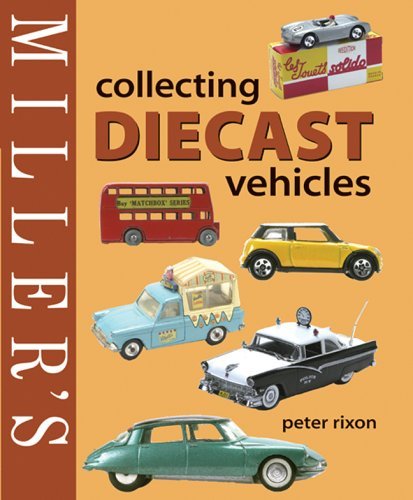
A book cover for Miller's Collecting Diecast Vehicles (Mitchell Beazley Antiques & Collectables) by Peter Rixon (12-May-2005) Hardcover; Crafts, Hobbies & Home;